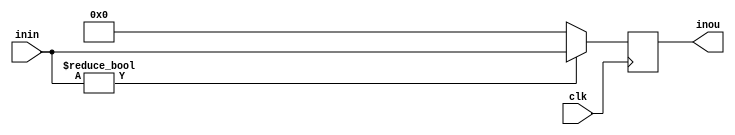
`timescale 1ns/1ns
module mpc(
	input clk,
	input [31:0]inin,
	output reg[31:0]inou
);

initial begin
	inou[31:0]=32'd0;
end

always @(posedge clk)begin
	inou = (inin) ? inin : 32'd0;
end

endmodule